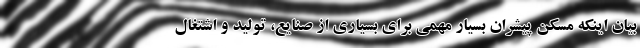
بیان اینکه مسکن پیشران بسیار مهمی برای بسیاری از صنایع، تولید و اشتغال